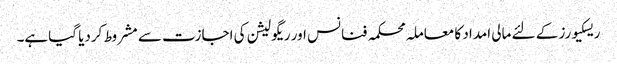
ریسکیورز کے لئے مالی امداد کا معاملہ محکمہ فنانس اور ریگولیشن کی اجازت سے مشروط کردیا گیاہے۔